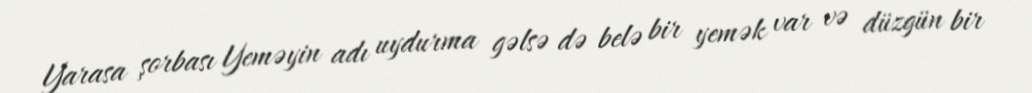
Yarasa şorbası Yeməyin adı uydurma gəlsə də belə bir yemək var və düzgün bir